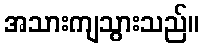
အသားကျသွားသည်။